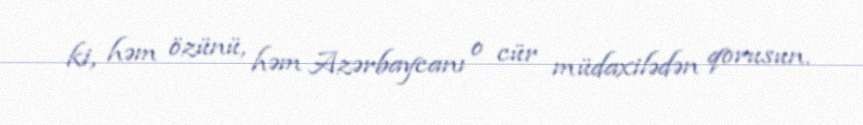
ki, həm özünü, həm Azərbaycanı o cür müdaxilədən qorusun.